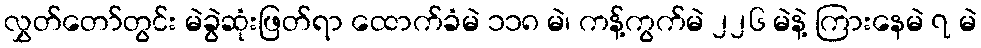
လွှတ်တော်တွင်း မဲခွဲဆုံးဖြတ်ရာ ထောက်ခံမဲ ၁၁၈ မဲ၊ ကန့်ကွက်မဲ ၂၂၆ မဲနဲ့ ကြားနေမဲ ၇ မဲ